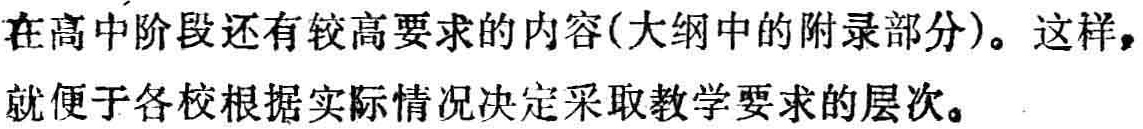
在高中阶段还有较高要求的内容(大纲中的附录部分)。这样，就便于各校根据实际情况决定采取教学要求的层次。